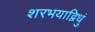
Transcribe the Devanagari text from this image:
शरभयाद्विधुं